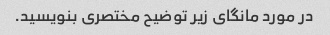
در مورد مانگای زیر توضیح مختصری بنویسید.